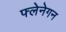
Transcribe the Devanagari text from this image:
फ्लेनेगन